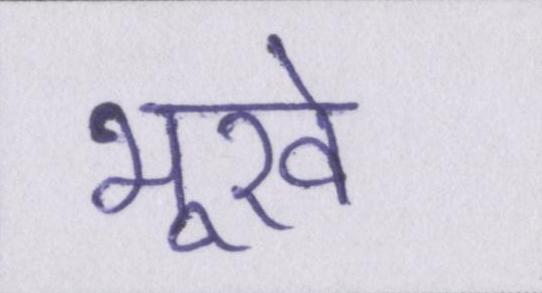
भूखे